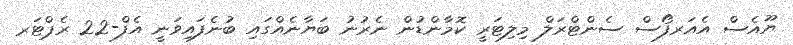
ޔޫއެސް އެއަރފޯސް ސެންޓްރަލް މިލިޓަރީ ކޮމާންޑުން ނެރުނު ބަޔާނެއްގައި ބުނެފައިވަނީ އެފް-22 ރެޕްޓަރ